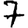
Digit: 7